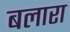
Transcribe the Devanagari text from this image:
बलारा